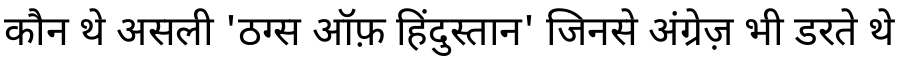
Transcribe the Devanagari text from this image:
कौन थे असली 'ठग्स ऑफ़ हिंदुस्तान' जिनसे अंग्रेज़ भी डरते थे